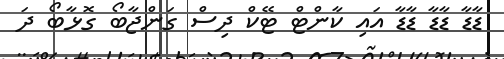
ޑާޑާ ޑާޑާ ޑާޑާ އައި ކާންޓް ޓޭކް ދިސް ގަންޖާބޯ ގޮޅާބޯ ދަ